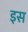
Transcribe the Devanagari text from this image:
इस